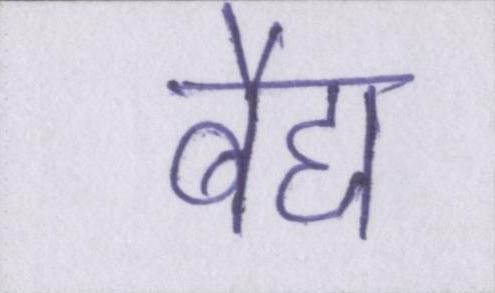
बैद्य